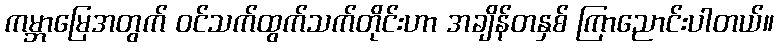
ကမ္ဘာမြေအတွက် ဝင်သက်ထွက်သက်တိုင်းဟာ အချိန်တနှစ် ကြာညောင်းပါတယ်။